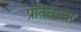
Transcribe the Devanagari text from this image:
प्रतिबंध्ता